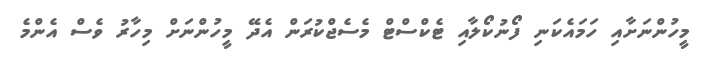
މީހުންނަށާއި ހަމައެކަނި ފޯނުކޯލާއި ޓެކްސްޓް މެސެޖްކުރަން އެދޭ މީހުންނަށް މިހާރު ވެސް އެންމެ